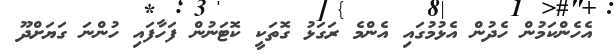
އެހެންކަމުން ހެދުން އެޅުމުގައި އެންމެ ރަގަޅު ގޮތަކީ ކޮޓަނުން ފަހާފައި ހުންނަ ގަޔަށްދޫ